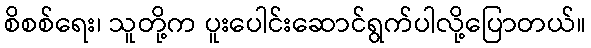
စိစစ်ရေး၊ သူတို့က ပူးပေါင်းဆောင်ရွက်ပါလို့ပြောတယ်။